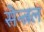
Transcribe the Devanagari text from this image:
सेन्त्रल